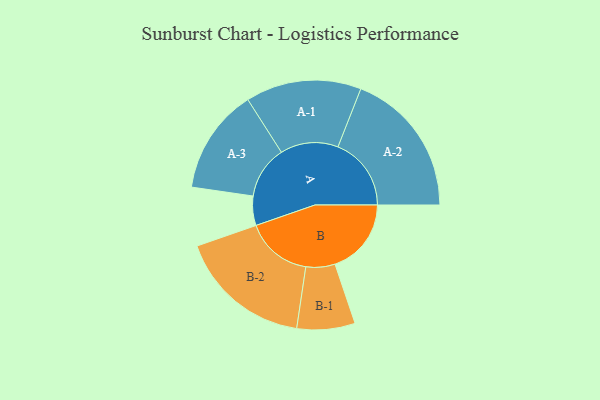
{"axis": {"x": "Segment", "y": "Value"}, "legend": ["", "A", "B"], "data": [{"x": "A", "y": 108, "type": ""}, {"x": "B", "y": 281, "type": ""}, {"x": "A-1", "y": 213, "type": "A"}, {"x": "A-2", "y": 270, "type": "A"}, {"x": "A-3", "y": 194, "type": "A"}, {"x": "B-1", "y": 107, "type": "B"}, {"x": "B-2", "y": 246, "type": "B"}]}